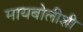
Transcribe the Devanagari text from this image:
मायबोलीशी